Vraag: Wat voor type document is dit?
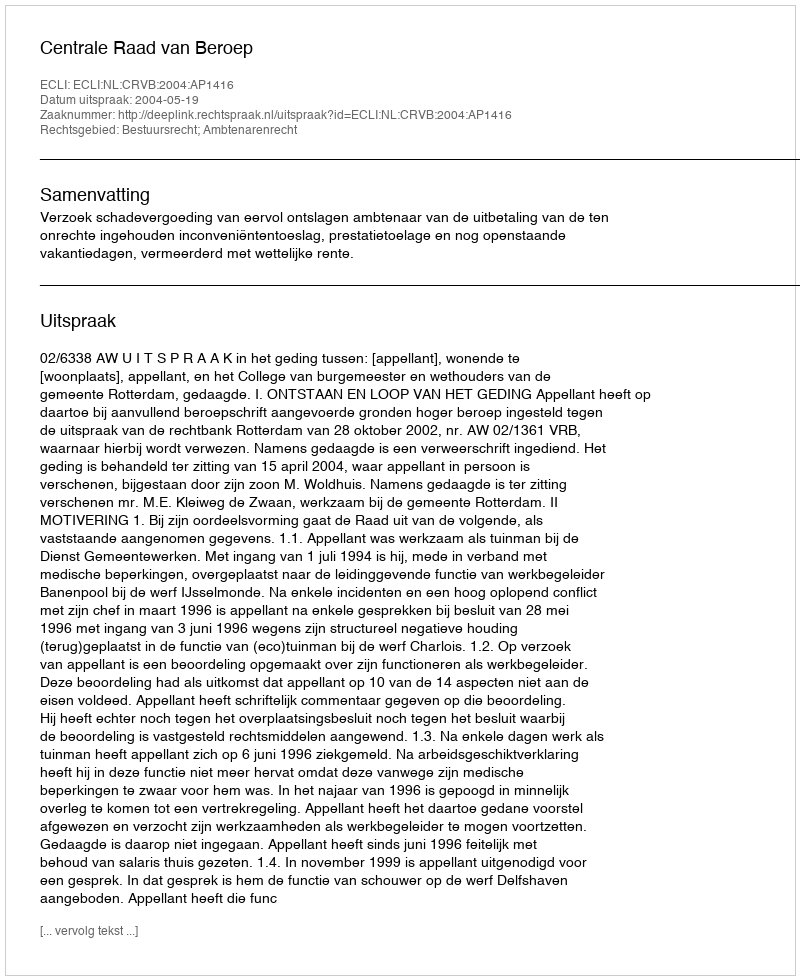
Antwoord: Uitspraak